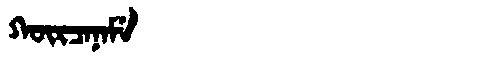
Manchu: ᡴᡡᡵᠴᠠᠨᠠᠮᡝ
Romanization: KŪRCANAME